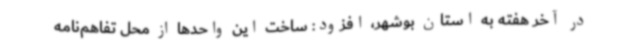
در آخر هفته به استان بوشهر، افزود: ساخت این واحدها از محل تفاهم‌نامه